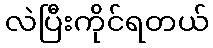
လဲပြီးကိုင်ရတယ်